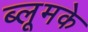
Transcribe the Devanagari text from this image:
ब्लूमके